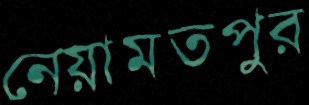
নেয়ামতপুর